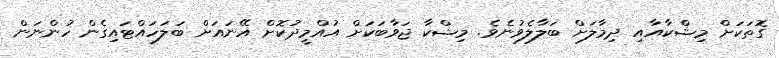
ގޮތަކަށް މިޝްކާއާއި ދިމާލަށް ބަލާލެވުނެވެ. މިޝްކާ ޖަވާބަކަށް އުއްމީދުކޮށް އޭނައަށް ބަލަހައްޓައިގެން ހުންނަން